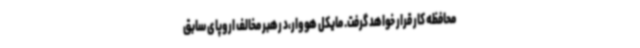
محافظه کار قرار خواهد گرفت. مایکل هووار،د رهبر مخالف اروپای سابق